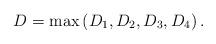
LaTeX: \begin{align*}D=\max \left( D_{1},D_{2},D_{3},D_{4}\right) . \end{align*}